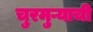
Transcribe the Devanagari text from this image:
चुरमुऱ्याची